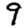
Digit: 9